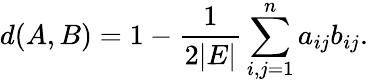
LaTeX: d(A,B)=1-\frac{1}{2\vert E\vert}\sum_{i,j=1}^{n}a_{ij}b_{ij}.